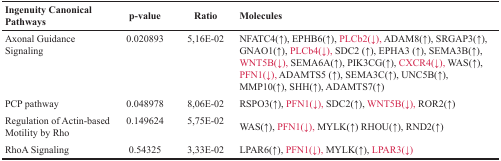
| Ingenuity Canonical Pathways | p-value | Ratio | Molecules |
 | --- | --- | --- | --- |
 | Axonal Guidance Signaling | 0.020893 | 5,16E-02 | NFATC4(↑), EPHB6(↑), PLCb2(↓), ADAM8(↑), SRGAP3(↑), GNAO1(↑), PLCb4(↓), SDC2 (↑), EPHA3 (↑), SEMA3B(↑), WNT5B(↓), SEMA6A(↑), PIK3CG(↑), CXCR4(↓), WAS(↑), PFN1(↓), ADAMTS5 (↑), SEMA3C(↑), UNC5B(↑), MMP10(↑), SHH(↑), ADAMTS7(↑) |
 | PCP pathway | 0.048978 | 8,06E-02 | RSPO3(↑), PFN1(↓), SDC2(↑), WNT5B(↓), ROR2(↑) |
 | Regulation of Actin-based Motility by Rho | 0.149624 | 5,75E-02 | WAS(↑), PFN1(↓), MYLK(↑) RHOU(↑), RND2(↑) |
 | RhoA Signaling | 0.54325 | 3,33E-02 | LPAR6(↑), PFN1(↓), MYLK(↑), LPAR3(↓) |